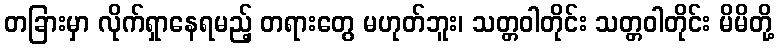
တခြားမှာ လိုက်ရှာနေရမည့် တရားတွေ မဟုတ်ဘူး၊ သတ္တဝါတိုင်း သတ္တဝါတိုင်း မိမိတို့